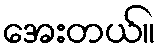
အေးတယ်။